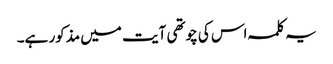
یہ کلمہ اس کی چوتھی آیت میں مذکور ہے۔